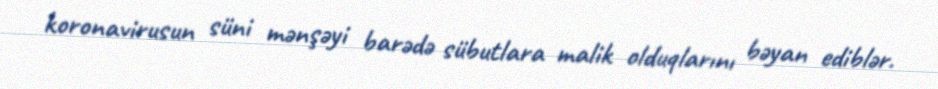
koronavirusun süni mənşəyi barədə sübutlara malik olduqlarını bəyan ediblər.